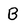
Character: B